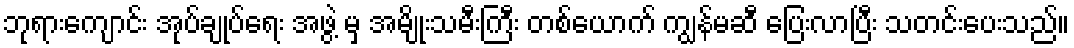
ဘုရားကျောင်း အုပ်ချုပ်ရေး အဖွဲ့ မှ အမျိုးသမီးကြီး တစ်ယောက် ကျွန်မဆီ ပြေးလာပြီး သတင်းပေးသည်။